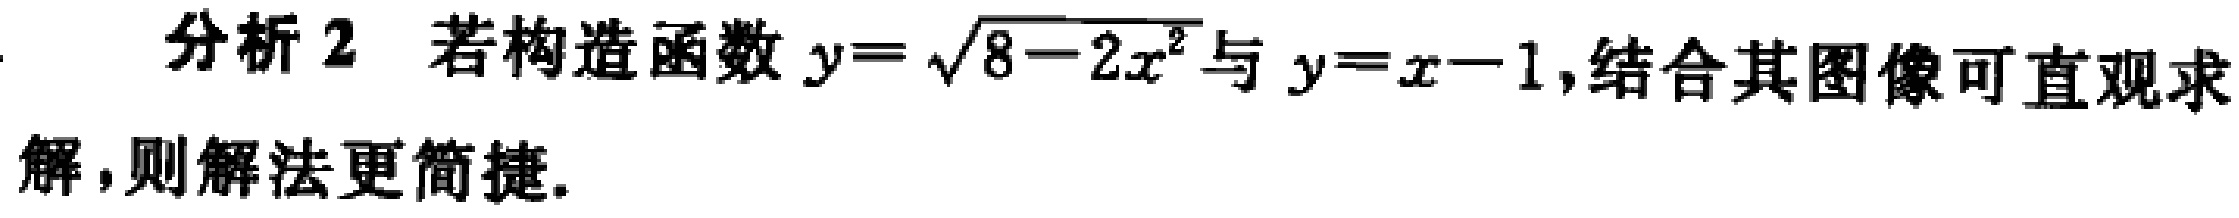
分析 2 若构造函数 \(y = \sqrt{8 - 2x^{2}}\) 与 \(y = x - 1\)，结合其图像可直观求解，则解法更简捷.